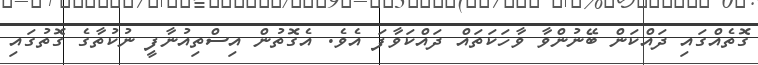
ގޮތެއްގައި ދައްކަން ބޭނުންވާ ވާހަކަތައް ދައްކަވާފަ އެވެ. އެގޮތުން އިސްތިއުނާފީ ނުކުތާގެ ގޮތުގައި